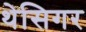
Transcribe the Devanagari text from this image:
थेसिगर